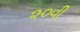
૨૦વી